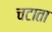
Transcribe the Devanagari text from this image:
चटाता